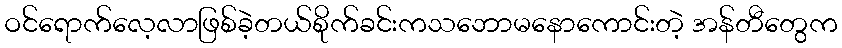
ဝင်ရောက်လေ့လာဖြစ်ခဲ့တယ်စိုက်ခင်းကသဘောမနောကောင်းတဲ့ အန်တီတွေက